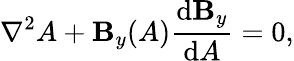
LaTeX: \nabla^{2}A+\mathbf{B}_{y}(A)\frac{{\mathrm{{d}}\mathbf{B}_{y}}}{{\mathrm{{d}}A}}=0,